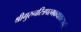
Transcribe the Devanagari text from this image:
श्रीगुरुचरित्रपरमकथाकल्पतरौ